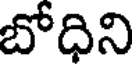
బోధిని